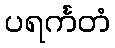
ပရင်္ကတံ